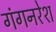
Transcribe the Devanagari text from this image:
गंगनरेश